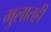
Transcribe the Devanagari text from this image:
मुलातही